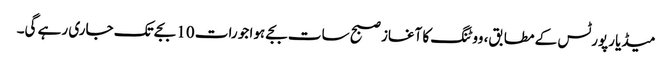
میڈیا رپورٹس کے مطابق، ووٹنگ کا آغاز صبح سات بجے ہوا جو رات 10 بجے تک جاری رہے گی۔